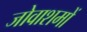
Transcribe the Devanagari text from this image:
जोवाशमों